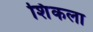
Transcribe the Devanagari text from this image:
शिंकला